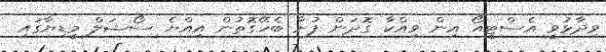
ވިދާޅުވީ އެސްޓީއޯ އިން ވިއްކާ ގޮދަން ފުށާ ބެހޭގޮތުން އިއްޔެ ސޯޝަލް މީޑިޔާގައި